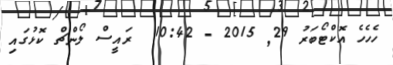
ހެހެހެ އޮކްޓޯބަރު 29